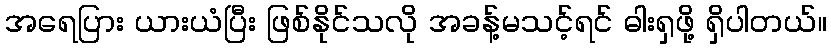
အရေပြား ယားယံပြီး ဖြစ်နိုင်သလို အခန့်မသင့်ရင် ဓါးရှဖို့ ရှိပါတယ်။